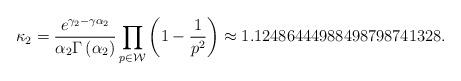
LaTeX: \begin{align*}\kappa _2=\frac{e^{\gamma _2-\gamma \alpha _2}}{\alpha _2\Gamma \left(\alpha _2\right)}\prod _{p\in \mathcal{W}} \left(1-\frac{1}{p^2}\right) \approx 1.12486444988498798741328.\end{align*}